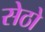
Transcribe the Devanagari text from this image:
सेठो